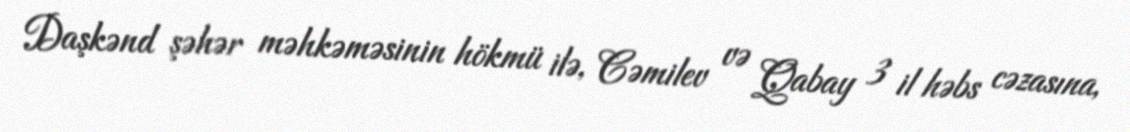
Daşkənd şəhər məhkəməsinin hökmü ilə, Cəmilev və Qabay 3 il həbs cəzasına,